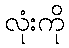
လုံးကို